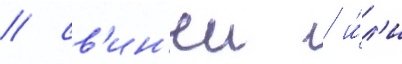
/ св'ин'еи / и́л'и